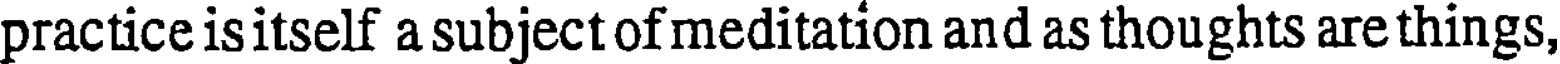
practice is itself a subject of meditation and as thoughts are things,